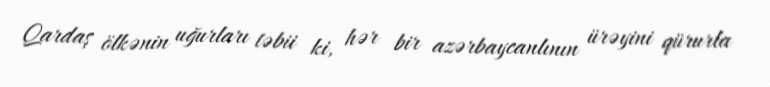
Qardaş ölkənin uğurları təbii ki, hər bir azərbaycanlının ürəyini qürurla